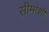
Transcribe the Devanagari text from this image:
सीमांशी